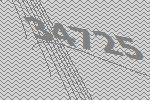
34725